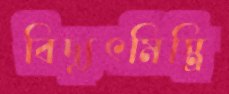
বিদ্যুৎমিস্ত্রি